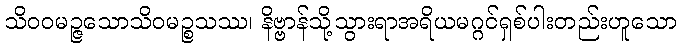
သိဝဝမဉ္ဇသောသိဝမဉ္စသဿ၊ နိဗ္ဗာန်သို့သွားရာအရိယမဂ္ဂင်ရှစ်ပါးတည်းဟူသော